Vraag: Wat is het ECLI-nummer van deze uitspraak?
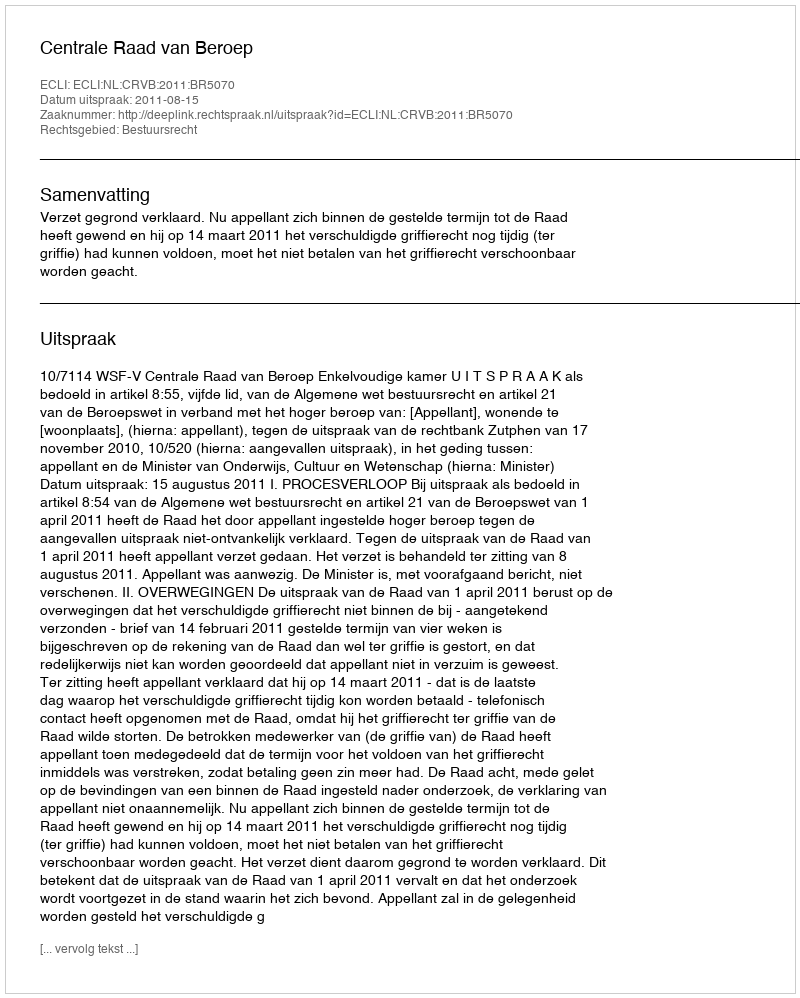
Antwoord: ECLI:NL:CRVB:2011:BR5070